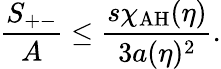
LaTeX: {\frac{S_{+-}}{A}}\leq{\frac{s\chi_{\mathrm{AH}}(\eta)}{3a(\eta)^{2}}}.